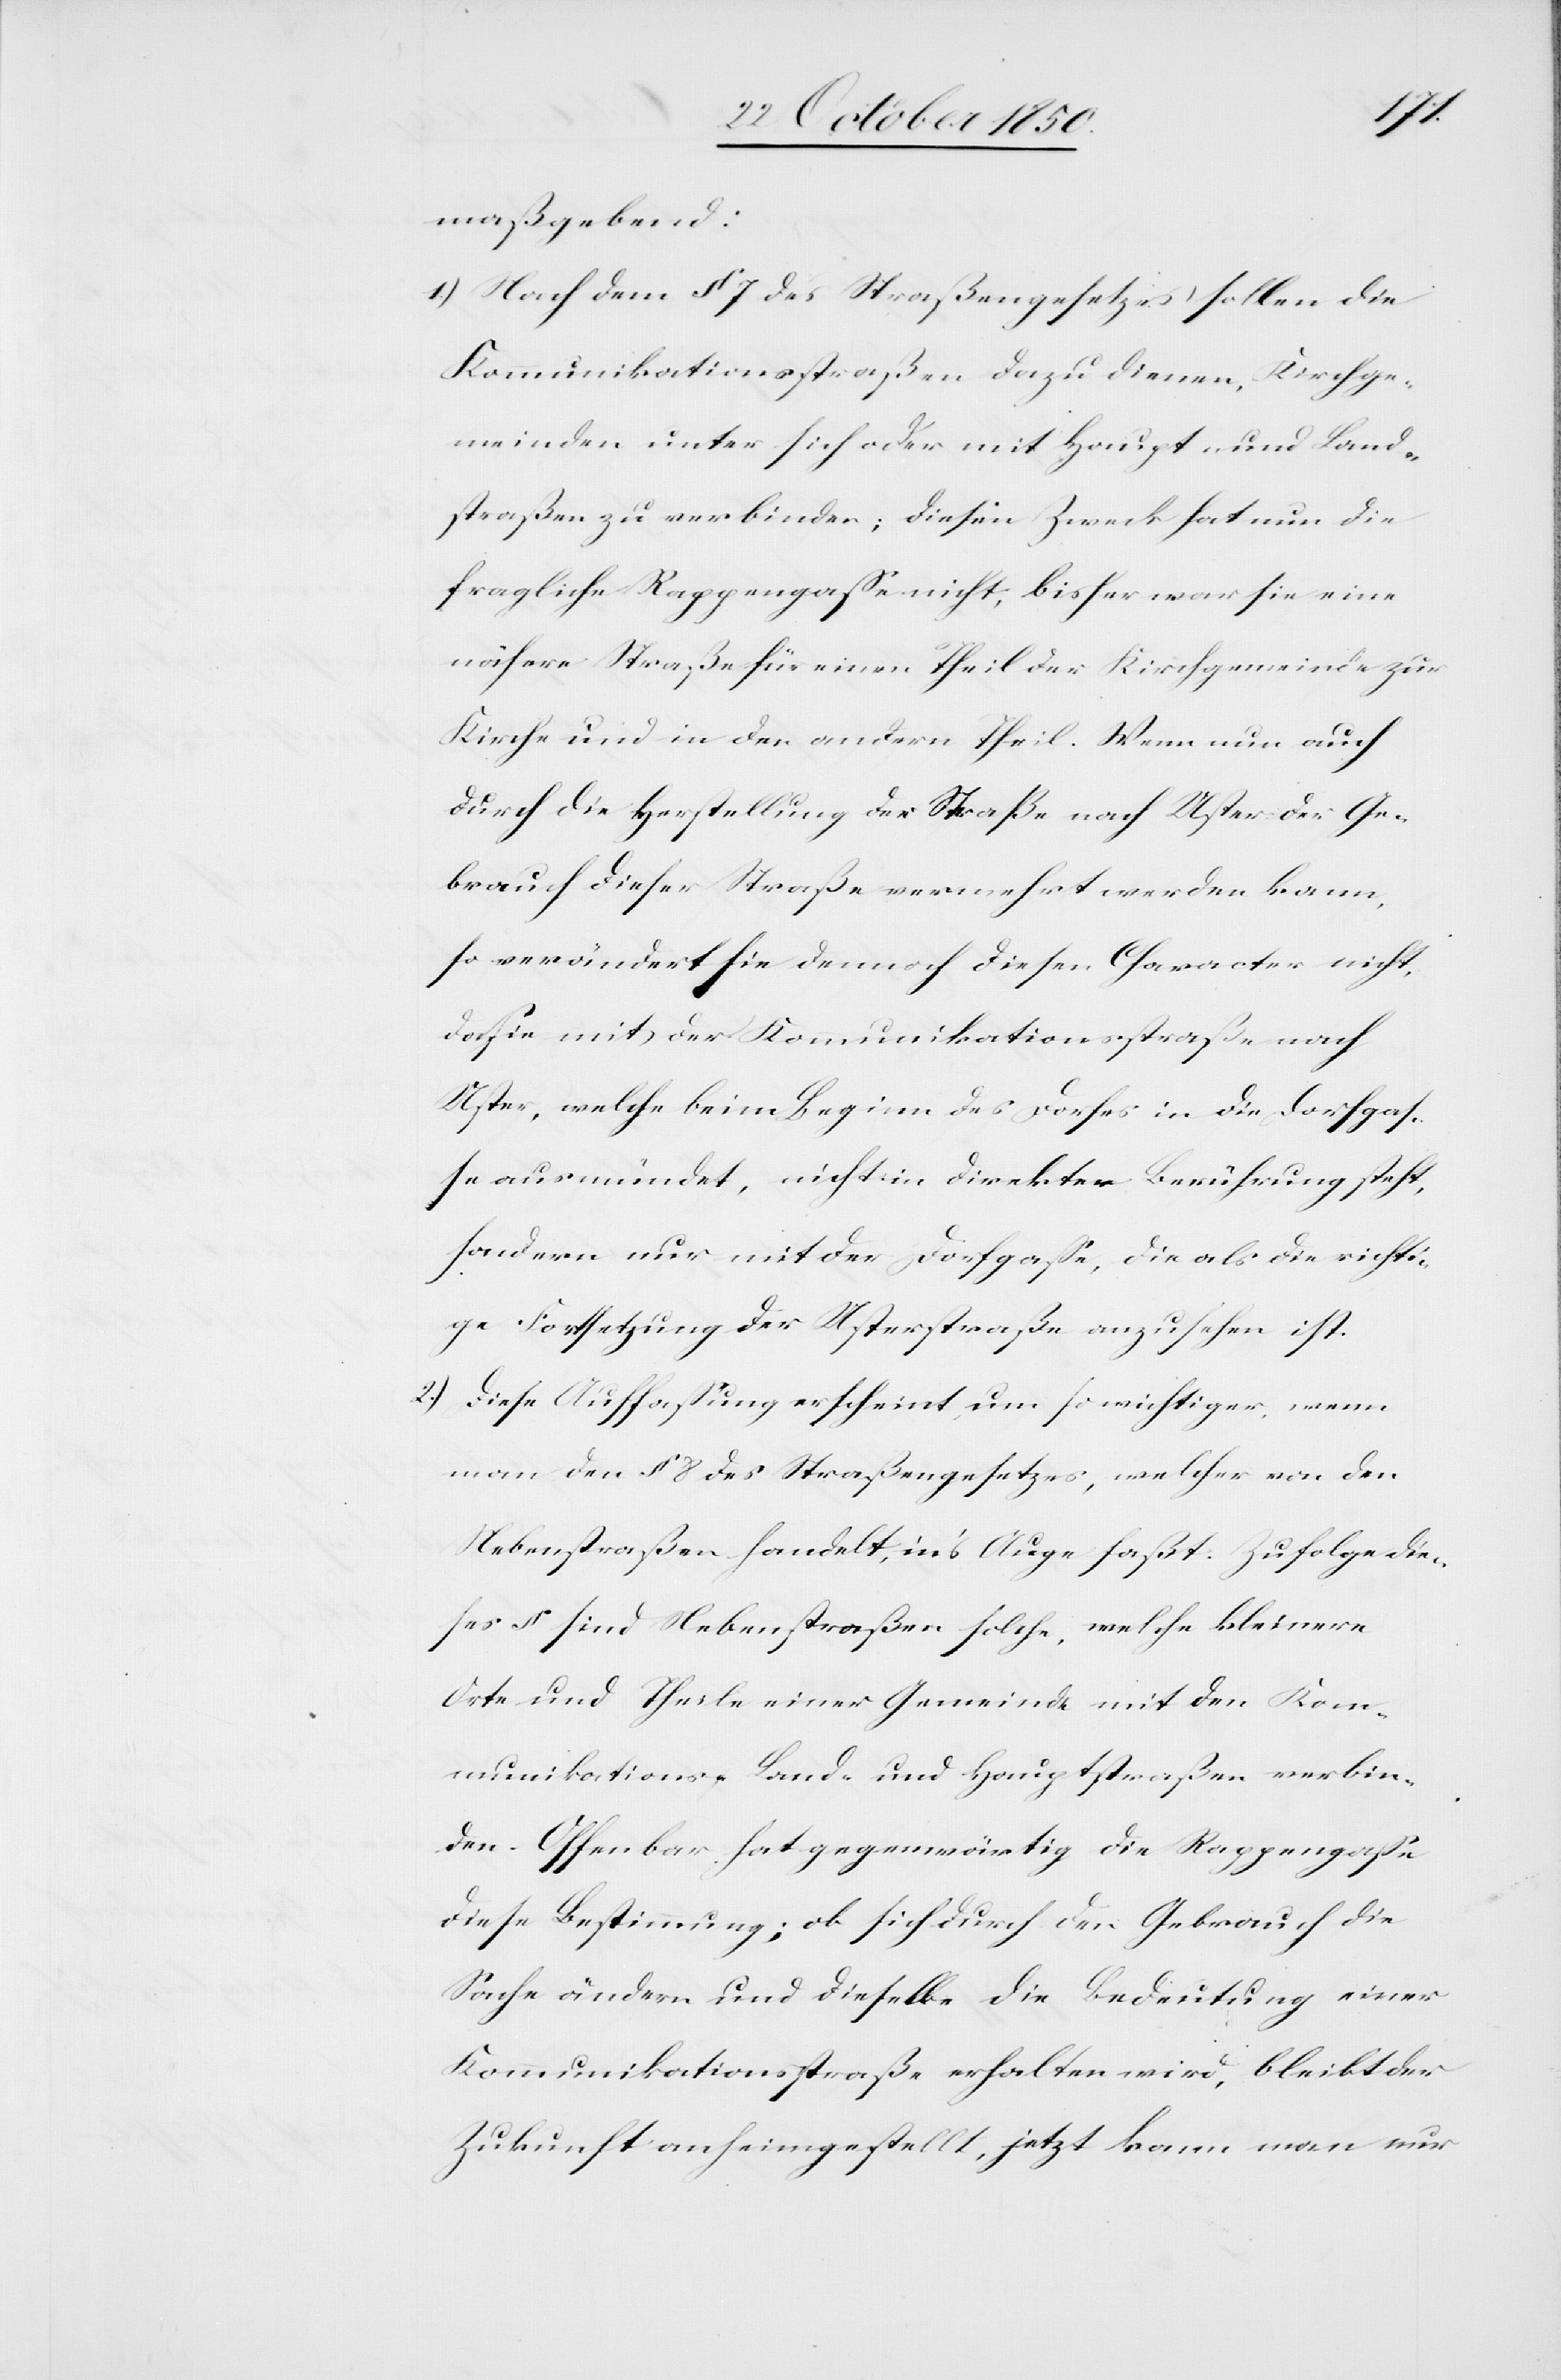
maßgebend:
1.) Nach dem § 7 des Straßengesetzes sollen die
Kommunikationsstraßen dazu dienen, Kirchge¬
meinden unter sich oder mit Haupt- und Land¬
straßen zu verbinden; diesen Zweck hat nun die
fragliche Rappengasse nicht, bisher war sie eine
nähere Straße für einen Theil der Kirchgemeinde zur
Kirche und in den andern Theil. Wenn nun auch
durch die Herstellung der Straße nach Uster der Ge¬
brauch dieser Straße vermehrt werden kann,
so verändert sie dennoch diesen Character nicht,
da sie mit der Kommunikationsstraße nach
Uster, welche beim Beginn des Dorfes in die Dorfgas¬
se ausmündet, nicht in direkter Berührung steht,
sondern nur mit der Dorfgasse, die als die richti¬
ge Fortsetzung der Usterstraße anzusehen ist.
2.) Diese Auffassung erscheint um so wichtiger, wenn
man den § 8 des Straßengesetzes, welcher von den
Nebenstraßen handelt, in’s Auge faßt. Zufolge die¬
ses § sind Nebenstraßen solche, welche kleinere
Orte und Theile einer Gemeinde mit den Kom¬
munikations-[,] Land- und Hauptstraßen verbin¬
den. Offenbar hat gegenwärtig die Rappengasse
diese Bestimmung; ob sich durch den Gebrauch die
Sache ändern und dieselbe die Bedeutung einer
Kommunikationsstraße erhalten wird, bleibt der
Zukunft anheimgestellt, jetzt kann man nur